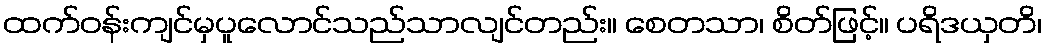
ထက်ဝန်းကျင်မှပူလောင်သည်သာလျင်တည်း။ စေတသာ၊ စိတ်ဖြင့်။ ပရိဒယှတိ၊